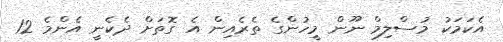
އެކަމަކު މުސްލިމް ނޫން މީހުންގެ ތެރެއިން އެ ގޮތަށް ދެކެނީ އެންމެ 12